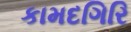
કામદગિરિ